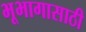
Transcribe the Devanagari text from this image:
भूभागासाठी